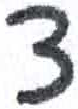
אות: צ